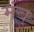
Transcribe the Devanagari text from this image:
मंबु